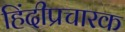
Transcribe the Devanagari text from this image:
हिंदीप्रचारक